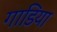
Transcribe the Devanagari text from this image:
गाडि़या